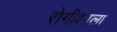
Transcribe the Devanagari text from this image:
रोगीशाला